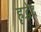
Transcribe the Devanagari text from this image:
हृद्भेद